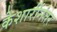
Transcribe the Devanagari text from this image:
केशारींनंतर